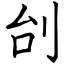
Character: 刣